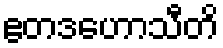
ဧတဒဟောသီတိ